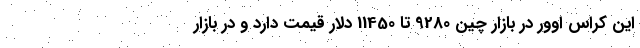
این کراس اوور در بازار چین 9280 تا 11450 دلار قیمت دارد و در بازار